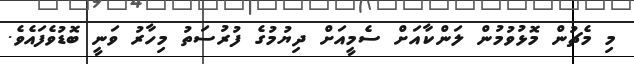
މި މެޗުން މޮޅުވުމުން ލަންކާއަށް ސެމީއަށް ދިޔުމުގެ ފުރުސަތު މިހާރު ވަނީ ބޮޑުވެފައެވެ.